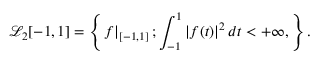
\mathcal { L } _ { 2 } [ - 1 , 1 ] = \left\{ \left. f \right| _ { [ - 1 , 1 ] } ; \int _ { - 1 } ^ { 1 } \left\lvert f ( t ) \right\rvert ^ { 2 } d t < + \infty , \right\} .